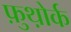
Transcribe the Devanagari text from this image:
फ़ुथ़ोर्क